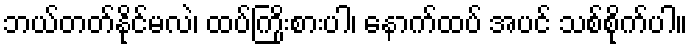
ဘယ်တတ်နိုင်မလဲ၊ ထပ်ကြိုးစားပါ၊ နောက်ထပ် အပင် သစ်စိုက်ပါ။